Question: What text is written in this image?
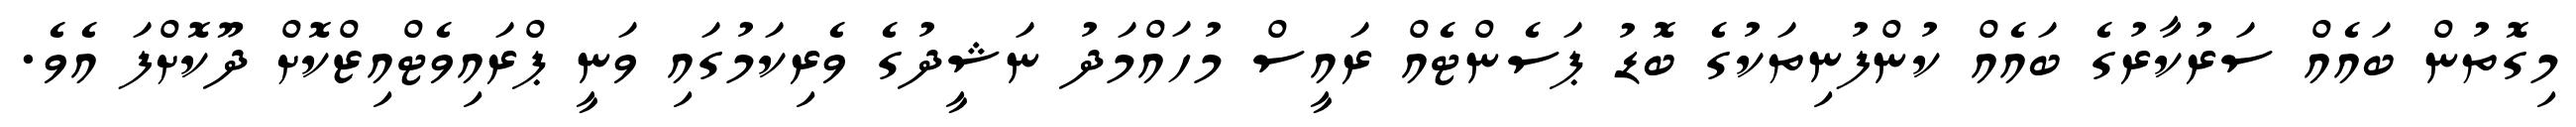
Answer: މިގޮތުން ބައެއް ސަރުކާރުގެ ބައެއް ކުންފުނިތަކުގެ ބޮޑު ޕަސެންޓެއް ރައީސް މުހައްމަދު ނަޝީދުގެ ވެރިކަމުގައި ވަނީ ޕްރައިވެޓްއިޒްކޮށް ދޫކޮށްފަ އެވެ.